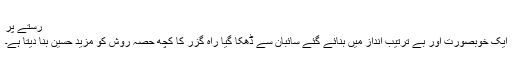
رستے پر
ایک خوبصورت اور بے ترتیب اندازِ میں بنائے گئے سائبان سے ڈھکا گیا راہ گزر کا کچھ حصہ روش کو مزید حَسِین بنا دیتا ہے۔